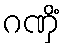
ဂဏှိံ